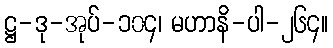
ဋ္ဌ-ဒု-အုပ်-၁၀၄၊ မဟာနိ-ပါ-၂၆၄။